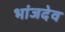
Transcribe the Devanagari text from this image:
भांजदेव